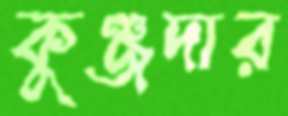
কুঞ্জদার